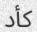
كأد